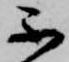
不